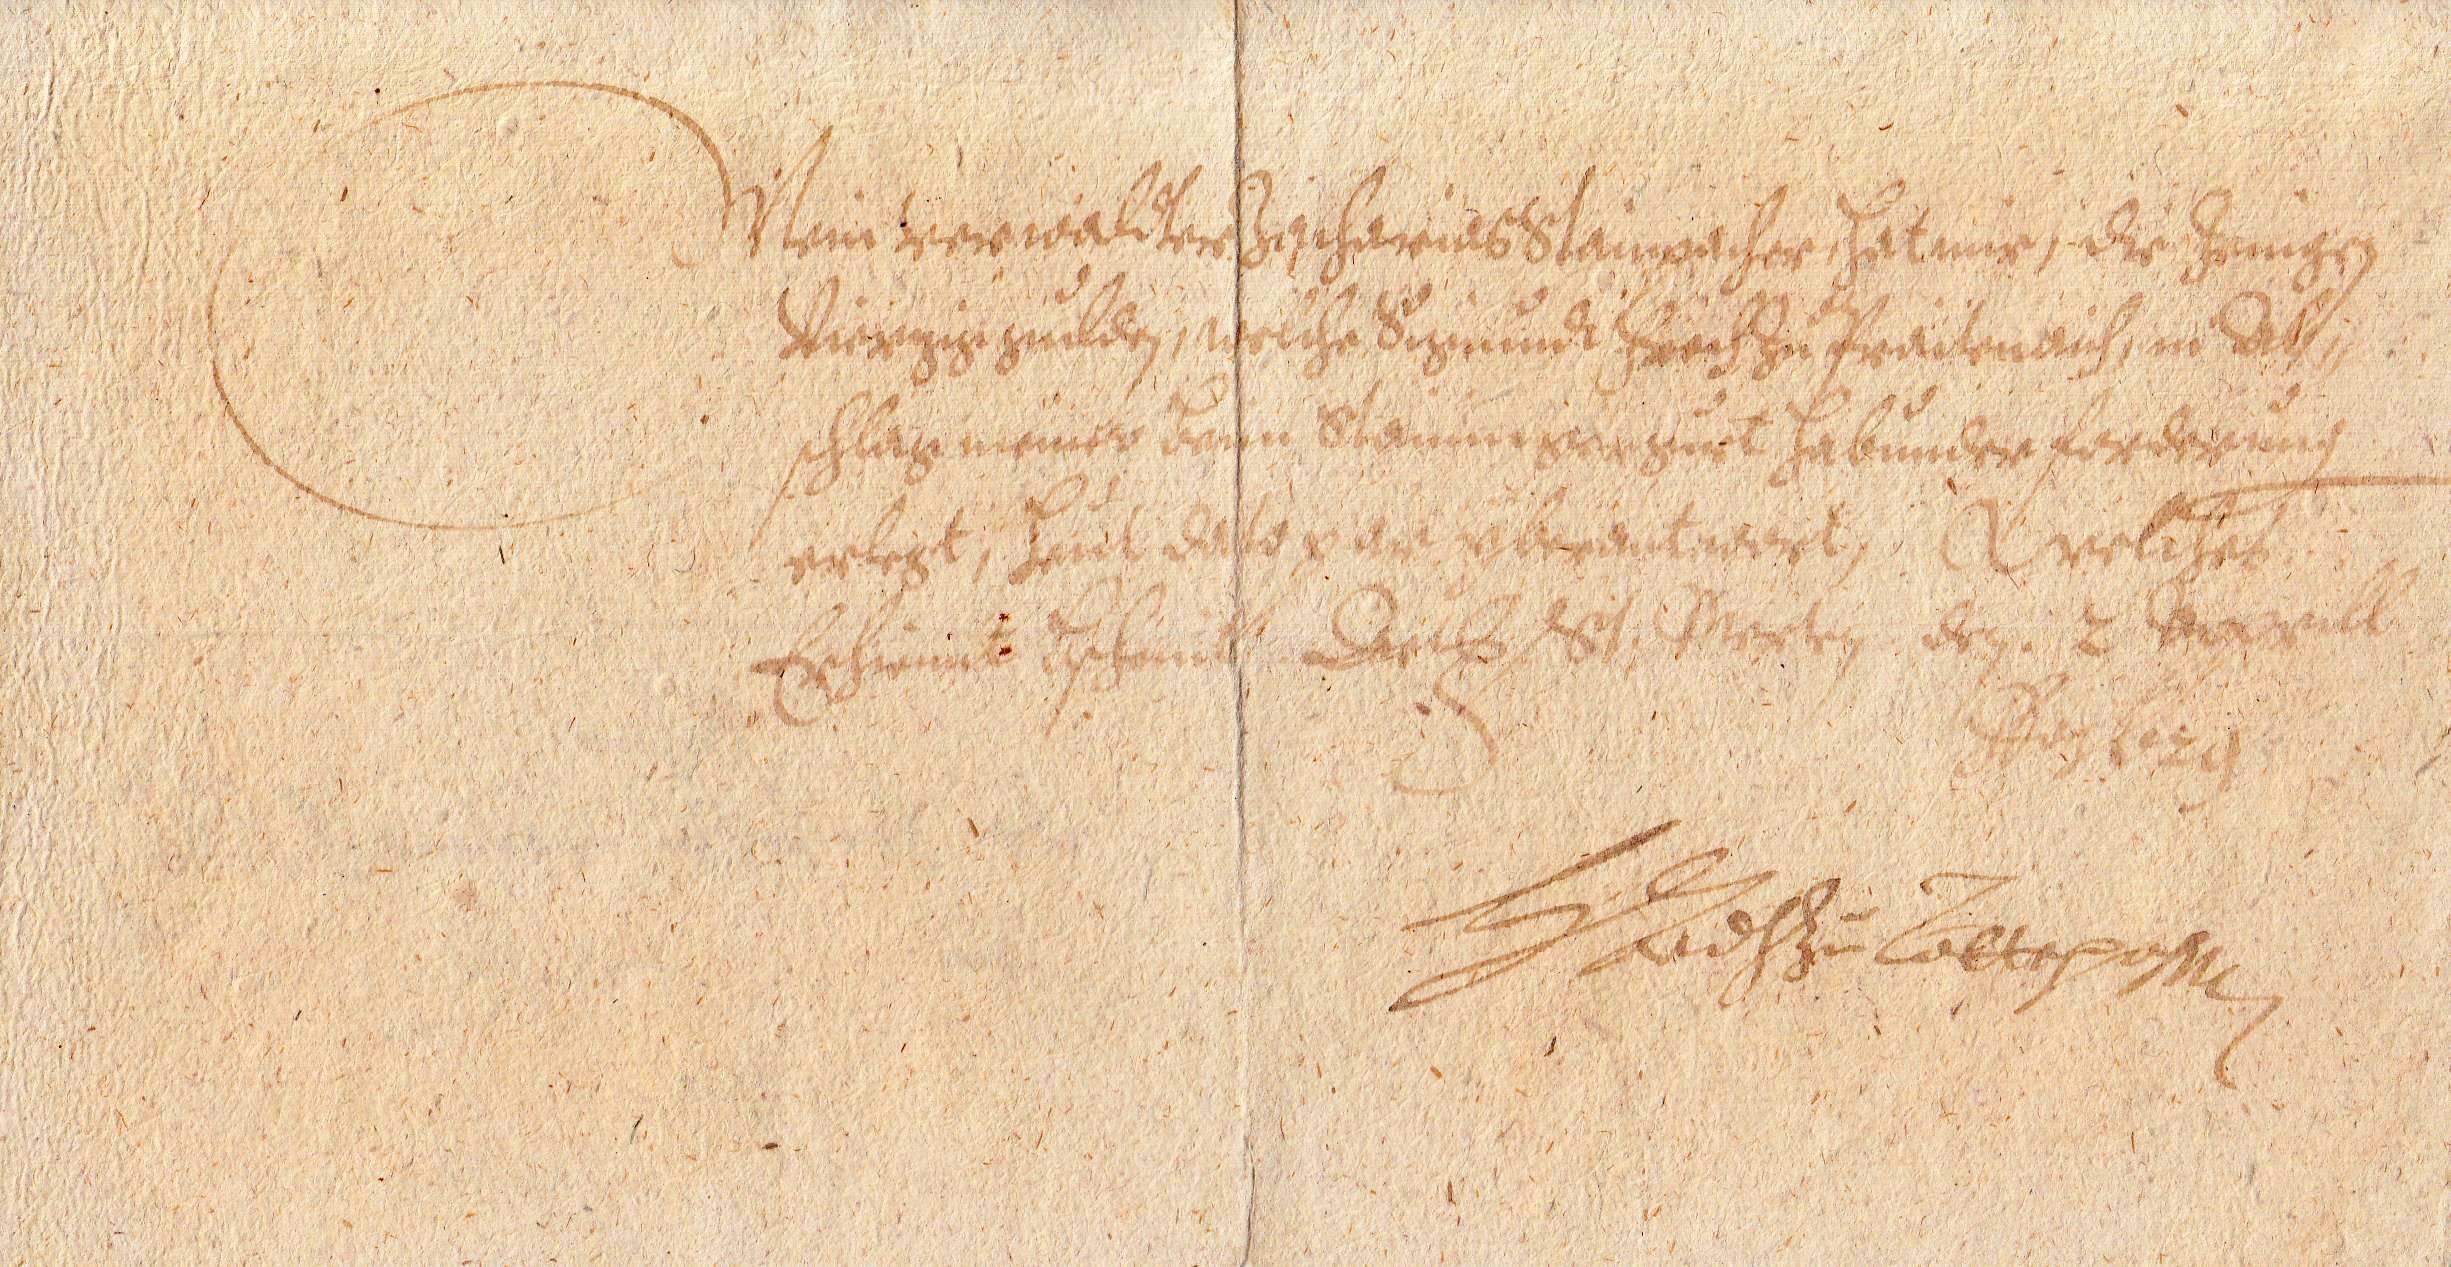
Mein verwaldter Zacharias Stainpacher, Hat mir, die Jenigen
Vierzig gūlden, welche Sigmundt Freih Zū Praitenaich, in Ab¬
schlag meiner xxx Staininger gūet Habūnder forderūng
erlegt, Heūt dato xxx ÿberantwort, Welihes
Er hiemit xxx Dat xxx den. 2 Apprill
Ao 1629
xxx Zū xxx